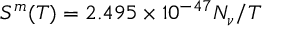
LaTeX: S ^ { m } ( T ) = 2 . 4 9 5 \times 1 0 ^ { - 4 7 } N _ { \nu } / T